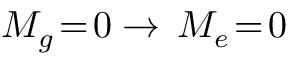
M _ { g } \! = \! 0 \to \, M _ { e } \! = \! 0